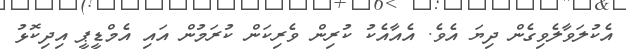
އެކުލަވާލެވިގެން ދިޔަ އެވެ. އެއާއެކު ކުރިން ވެރިކަން ކުރަމުން އައި އެމްޑީޕީ އިދިކޮޅު